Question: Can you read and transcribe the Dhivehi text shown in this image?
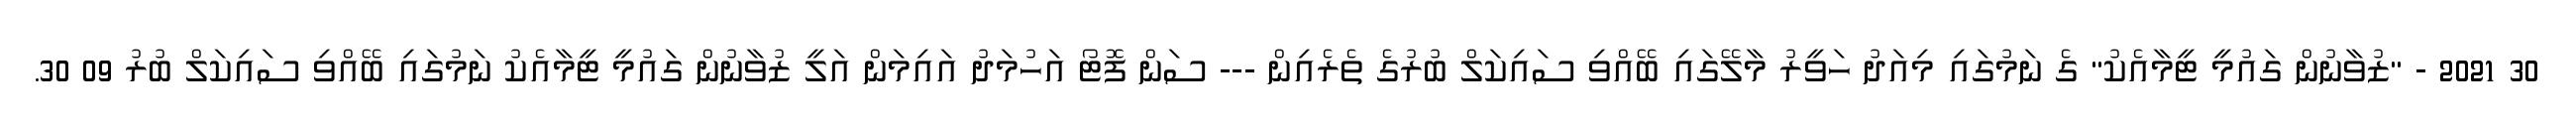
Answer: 30 2021 - "ޒުވާނުން ގައުމީ ޓީމާއެކު" ގެ ނަމުގައި މިއަދު ހަވީރު މާލޭގައި ބޭއްވި ސައިކަލް ބުރުގެ ތެރެއިން --- ސަން ފޮޓޯ އަހުމަދު އައިމަން އަލީ ޒުވާނުން ގައުމީ ޓީމާއެކު ނަމުގައި ބޭއްވި ސައިކަލް ބުރު 09 30.